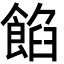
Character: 餡